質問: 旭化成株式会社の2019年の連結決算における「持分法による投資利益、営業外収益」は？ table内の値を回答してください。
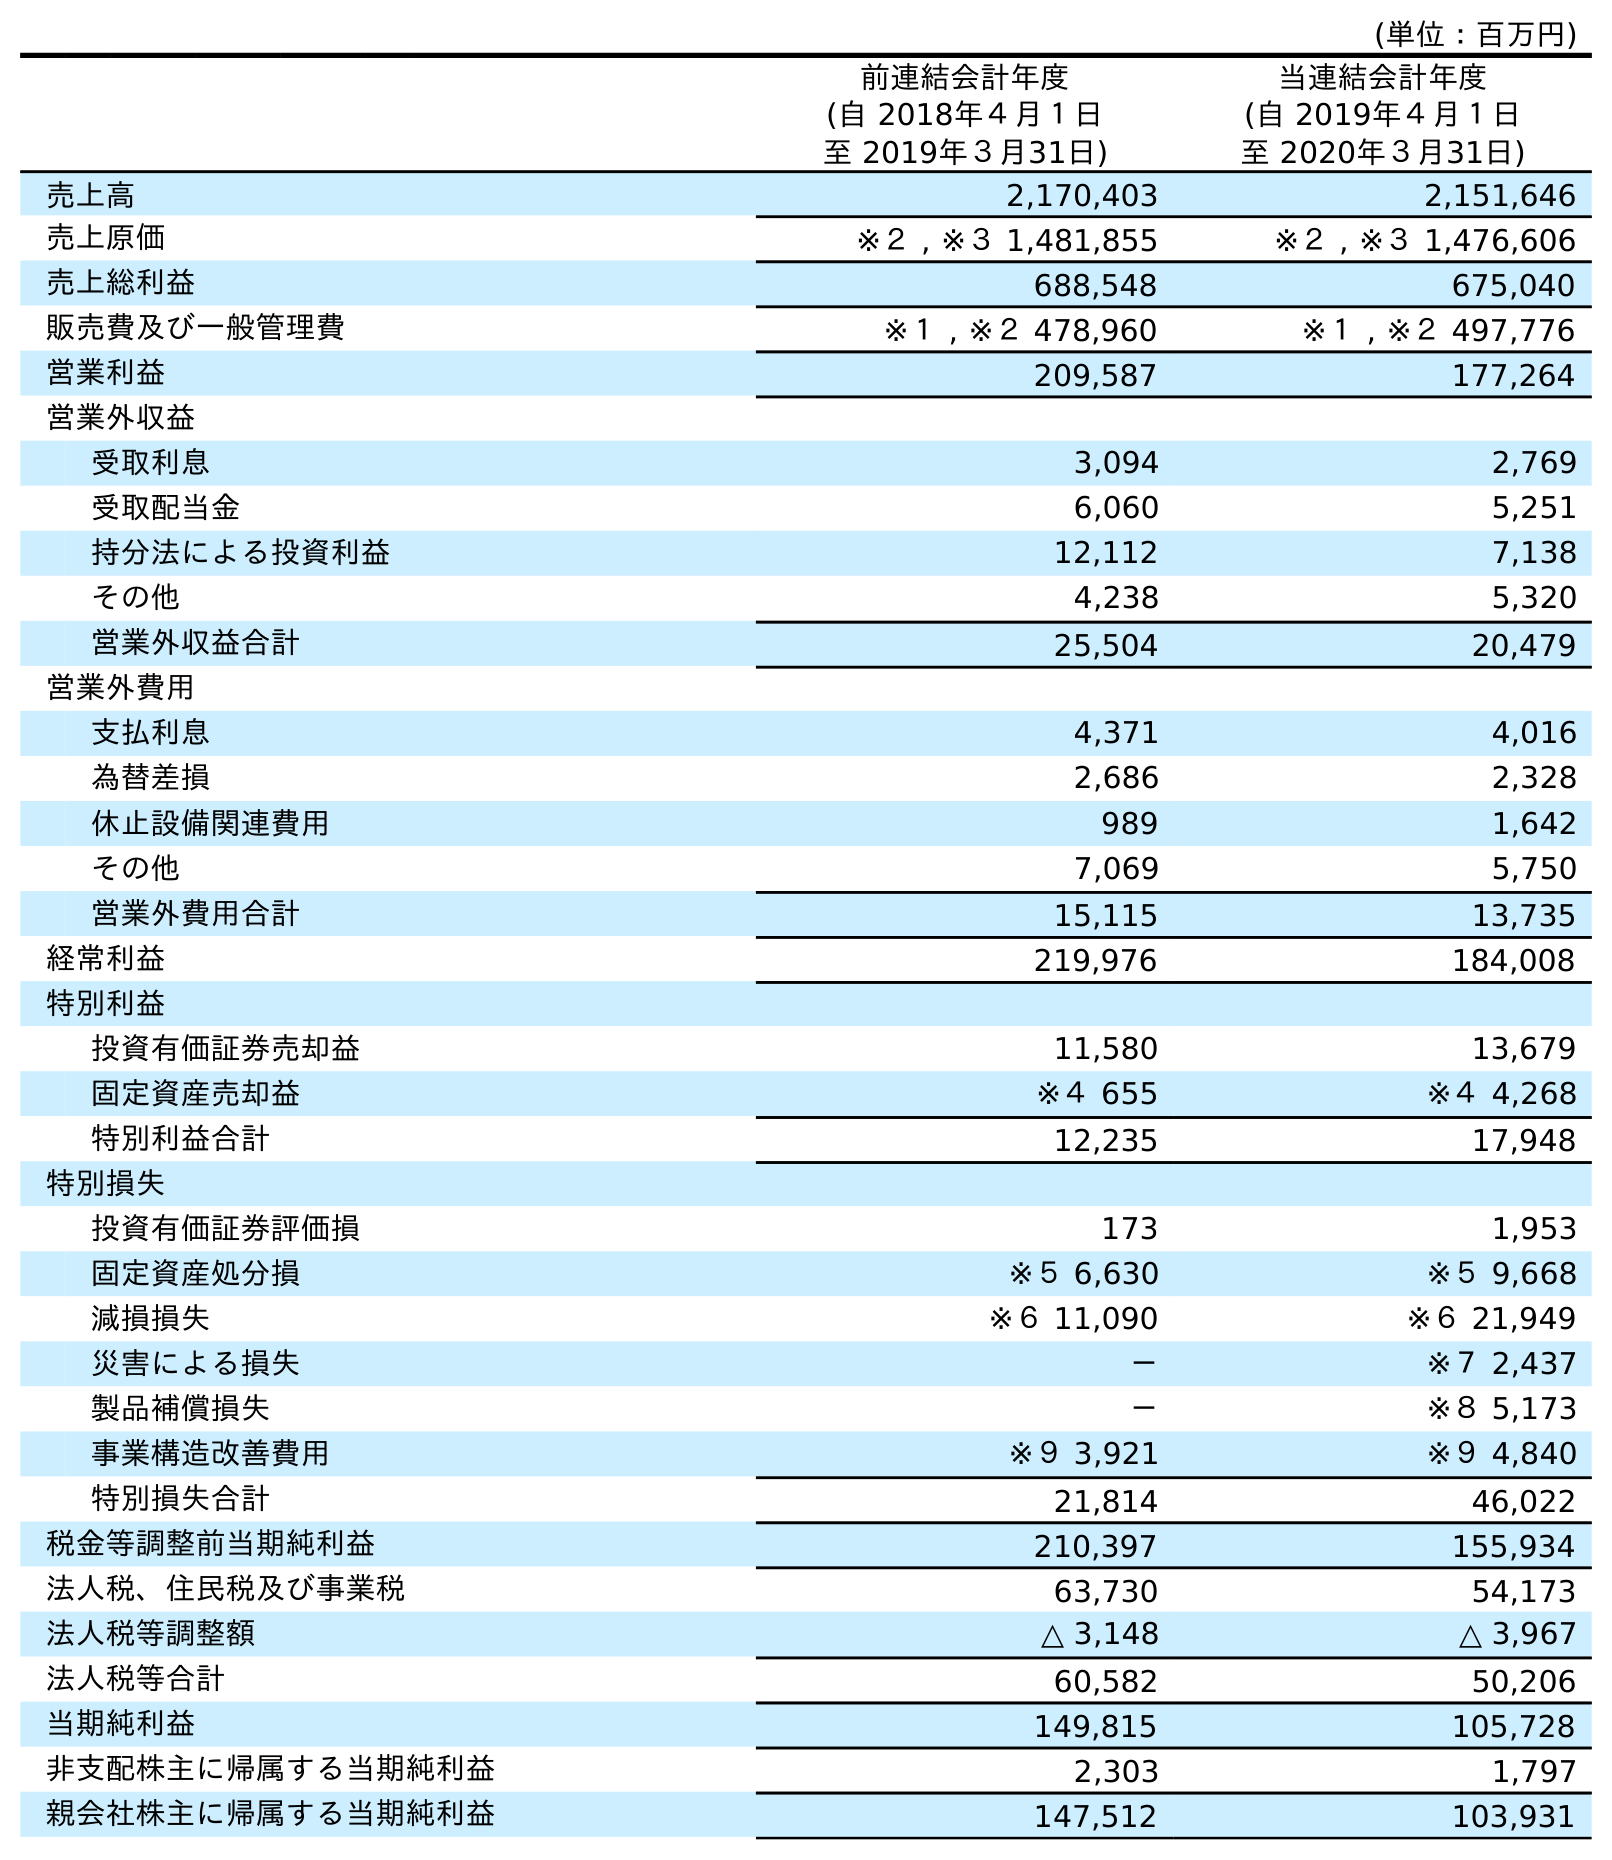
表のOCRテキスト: (単位：百万円) 前連結会計年度 (自 2018年４月１日 至 2019年３月31日) 当連結会計年度 (自 2019年４月１日 至 2020年３月31日) 売上高 2,170,403 2,151,646 売上原価 ※２ , ※３ 1,481,855 ※２ , ※３ 1,476,606 売上総利益 688,548 675,040 販売費及び一般管理費 ※１ , ※２ 478,960 ※１ , ※２ 497,776 営業利益 209,587 177,264 営業外収益 受取利息 3,094 2,769 受取配当金 6,060 5,251 持分法による投資利益 12,112 7,138 その他 4,238 5,320 営業外収益合計 25,504 20,479 営業外費用 支払利息 4,371 4,016 為替差損 2,686 2,328 休止設備関連費用 989 1,642 その他 7,069 5,750 営業外費用合計 15,115 13,735 経常利益 219,976 184,008 特別利益 投資有価証券売却益 11,580 13,679 固定資産売却益 ※４ 655 ※４ 4,268 特別利益合計 12,235 17,948 特別損失 投資有価証券評価損 173 1,953 固定資産処分損 ※５ 6,630 ※５ 9,668 減損損失 ※６ 11,090 ※６ 21,949 災害による損失 － ※７ 2,437 製品補償損失 － ※８ 5,173 事業構造改善費用 ※９ 3,921 ※９ 4,840 特別損失合計 21,814 46,022 税金等調整前当期純利益 210,397 155,934 法人税、住民税及び事業税 63,730 54,173 法人税等調整額 △ 3,148 △ 3,967 法人税等合計 60,582 50,206 当期純利益 149,815 105,728 非支配株主に帰属する当期純利益 2,303 1,797 親会社株主に帰属する当期純利益 147,512 103,931
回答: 12,112